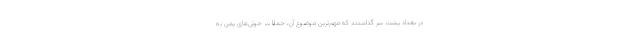
در بغداد پشت سر گذاشتند که مهم‌ترین موضوع آن، حملات حوثی‌های یمن به